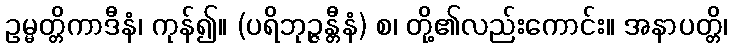
ဥမ္မတ္တိကာဒီနံ၊ ကုန်၍။ (ပရိဘုဉ္ဇန္တီနံ) စ၊ တို့၏လည်းကောင်း။ အနာပတ္တိ၊